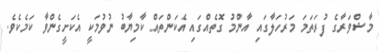
މާޝްވަރާގެ ފުރަތަމަ މަރުހަލާގައި އާންމު ގޮތެއްގައި އެކަންތައް ކާމިޔާބު ނުވުމަކީ އެކަށީގެންވާ ކަމެކެވެ.